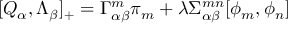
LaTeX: [ Q _ { \alpha } , \Lambda _ { \beta } ] _ { + } = \Gamma _ { \alpha \beta } ^ { m } \pi _ { m } + \lambda \Sigma _ { \alpha \beta } ^ { m n } [ \phi _ { m } , \phi _ { n } ]